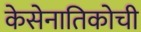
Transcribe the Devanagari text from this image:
केसेनातिकोची